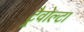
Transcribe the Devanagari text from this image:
ट्रैवोल्टा